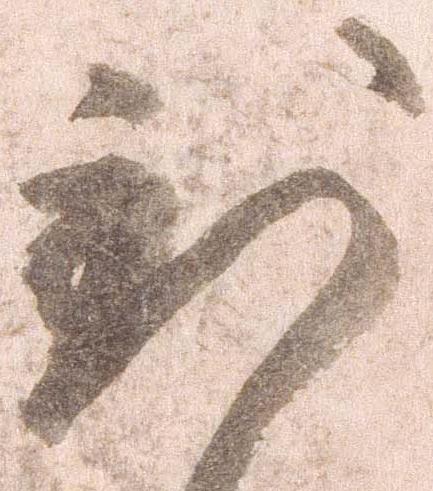
到